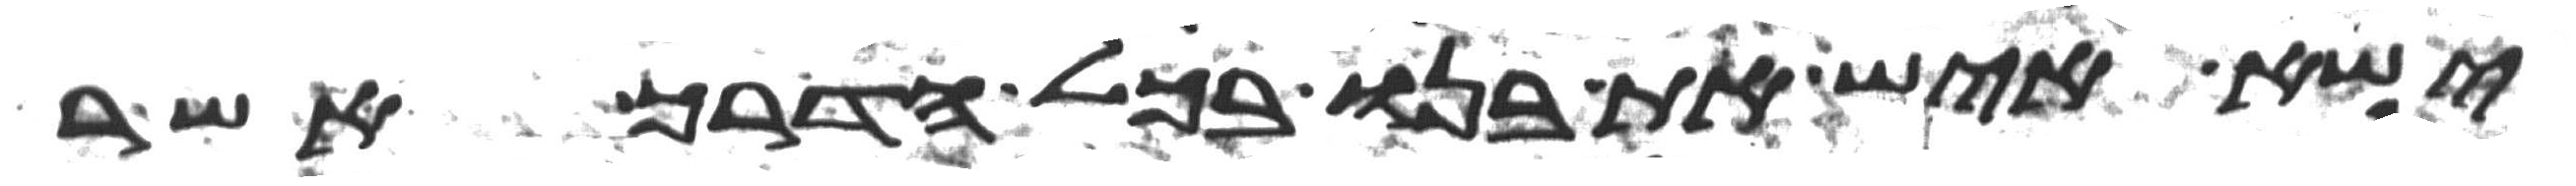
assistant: ישא איש את בנו בכל הדרך אשר